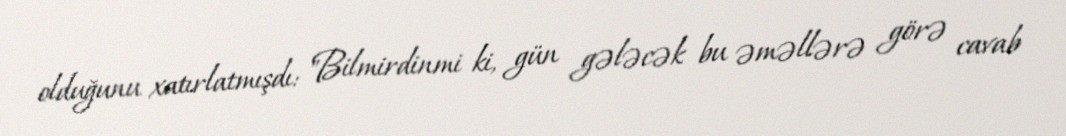
olduğunu xatırlatmışdı: "Bilmirdinmi ki, gün gələcək bu əməllərə görə cavab